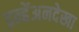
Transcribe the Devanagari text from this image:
इन्हेंअनदेखा